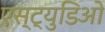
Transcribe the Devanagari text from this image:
एस्ट्युडिओ